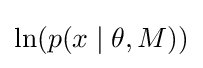
\ln(p(x\mid \theta ,M))